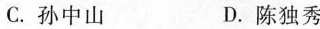
C.孙中山 D.陈独秀